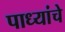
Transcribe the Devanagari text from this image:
पाध्यांचे